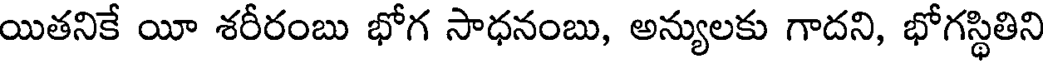
యితనికే యీ శరీరంబు భోగ సాధనంబు, అన్యులకు గాదని, భోగస్థితిని